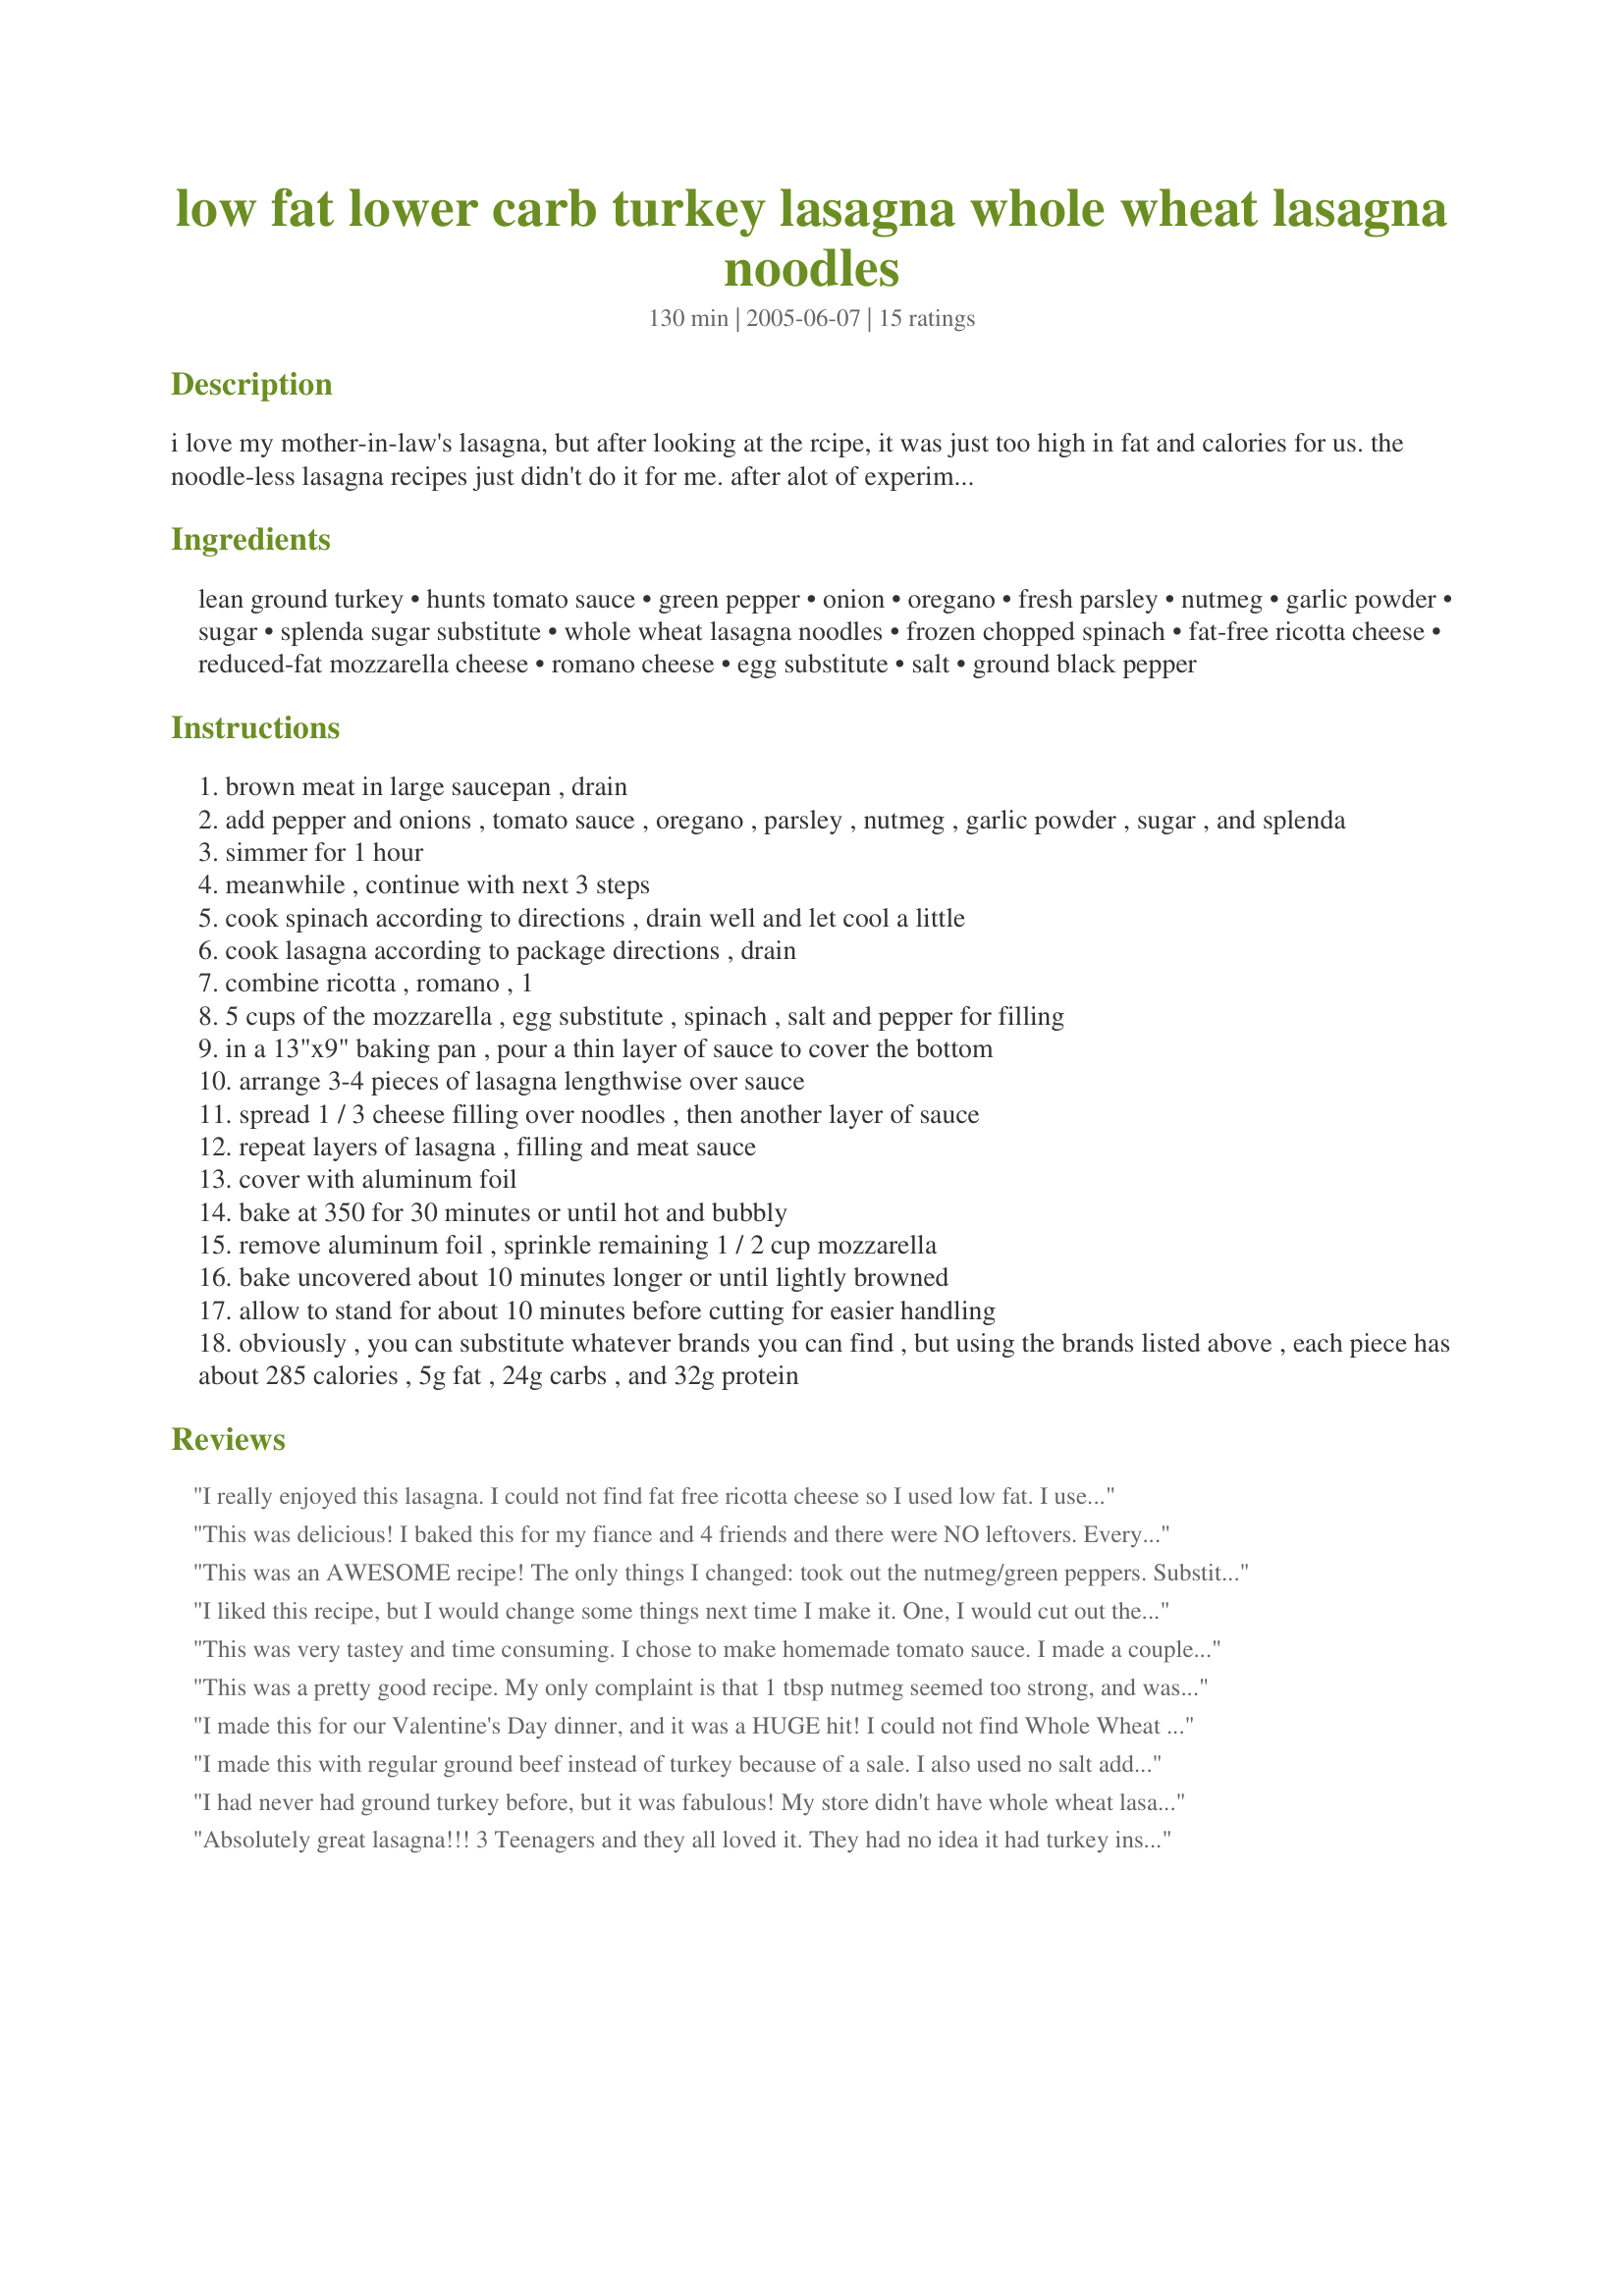
low fat lower carb turkey lasagna whole wheat lasagna noodles
Preparation time: 130 minutes

i love my mother-in-law's lasagna, but after looking at the rcipe, it was just too high in fat and calories for us. the noodle-less lasagna recipes just didn't do it for me. after alot of experimenting, i'm finally happy with it. it's probably not suitable for atkins because of the noodles, but for anyone on south beach or zone or body for life, this is great. generally, i hate the texture of whole wheat pasta, but because it gets cooked twice, it's fine. i served it to people who aren't low carbing, and they loved it!
obviously, you can substitute ground beef for the turkey.

Ingredients:
lean ground turkey, hunts tomato sauce, green pepper, onion, oregano, fresh parsley, nutmeg, garlic powder, sugar, splenda sugar substitute, whole wheat lasagna noodles, frozen chopped spinach, fat-free ricotta cheese, reduced-fat mozzarella cheese, romano cheese, egg substitute, salt, ground black pepper

Steps:
brown meat in large saucepan , drain
add pepper and onions , tomato sauce , oregano , parsley , nutmeg , garlic powder , sugar , and splenda
simmer for 1 hour
meanwhile , continue with next 3 steps
cook spinach according to directions , drain well and let cool a little
cook lasagna according to package directions , drain
combine ricotta , romano , 1
5 cups of the mozzarella , egg substitute , spinach , salt and pepper for filling
in a 13"x9" baking pan , pour a thin layer of sauce to cover the bottom
arrange 3-4 pieces of lasagna lengthwise over sauce
spread 1 / 3 cheese filling over noodles , then another layer of sauce
repeat layers of lasagna , filling and meat sauce
cover with aluminum foil
bake at 350 for 30 minutes or until hot and bubbly
remove aluminum foil , sprinkle remaining 1 / 2 cup mozzarella
bake uncovered about 10 minutes longer or until lightly browned
allow to stand for about 10 minutes before cutting for easier handling
obviously , you can substitute whatever brands you can find , but using the brands listed above , each piece has about 285 calories , 5g fat , 24g carbs , and 32g protein

Reviews:
I really enjoyed this lasagna. I could not find fat free ricotta cheese so I used low fat. I used 2 egg whites in place of the 1 cup of egg substitute. I did not add the Splenda and the recipe turned out just great. I put my thawed spinach in a paper towel and squeezed it until it was completely dry because I did not want the spinach to make the lasagna soupy. Anyone who is watching their calories should make this! Thanks for sharing!
This was delicious! I baked this for my fiance and 4 friends and there were NO leftovers. Everyone loved it! We couldn't tell that the cheese was fat free, the spinach does a great job masking the taste. I followed the advice from the other posting and substituted zucchinni for green peppers and added extra tomato suace. I used 2 eggs instead of egg substitute, added cinnamon to the sauce and used 2 tbsp sugar instead of splenda, my fiance hates splenda. I also made it the night before and let it sit in the fridge, my mom always did that. Because it was cold, it took longer to cook, about 1 hour, but definitely worth the wait. So good!
This was an AWESOME recipe! The only things I changed: took out the nutmeg/green peppers. Substituted fresh garlic versus the powder. I simmered my sauce in a crockpot for 2-3 hours before adding in the meat. Everyone who ate it, loved it! :)
I liked this recipe, but I would change some things next time I make it. One, I would cut out the Splenda and just use real sugar to remove the acidity. The Splenda taste overpowered the dish and I had to salt like crazy to mask it. Secondly, the meat sauce doesn't need to simmer for a whole hour. 30 minutes should be enough. This was a hit with 3/4s of my family - my Dad doesn't like spinach and wouldn't eat it. His loss though, we all thought it was pretty good.
This was very tastey and time consuming. I chose to make homemade tomato sauce. I made a couple mods, used no splenda just sugar (almost 2 T.), used Barilla No Boiling Required lasagne noodles. I don't like using frozen spinach so I bought a 5 oz container of fresh baby spinach and tore it into small pieces, and lastly, I used 4 eggs instead of egg substitute. Thank you for sharing.
This was a pretty good recipe. My only complaint is that 1 tbsp nutmeg seemed too strong, and was the dominant flavor in the entire dish. I would cut back on the nutmeg.
That being said, I will use this recipe again as a base and make small adjustments on the ingredients based on my preferences.
I made this for our Valentine's Day dinner, and it was a HUGE hit! I could not find Whole Wheat Lasagna noodles, so I had to use Dreamfield's low carb noodles. I hope to have time to shop around and find whole wheat before I make it again...and I WILL be making it again! I left out the spinach also (my munchkins won't eat it either!) and I halved the amount of ricotta...I spread it very thin over the 3 layers. I added mushrooms to the sauce, because we all love them! The seasonings were right on target. Thanks so much for a real winner!
I made this with regular ground beef instead of turkey because of a sale. I also used no salt added tomato sauce to keep down the sodium. Hubby gave it a thumbs up and said he didn't expect the lasagna to taste that good. He liked it so much that he even ate leftovers for breakfast and he usually skips breakfast.
I had never had ground turkey before, but it was fabulous! My store didn't have whole wheat lasagna noodles but it still turned out great! The spinach was a great addition! My roommate and my parents loved it!
Absolutely great lasagna!!!
3 Teenagers and they all loved it.
They had no idea it had turkey instead of ground beef. I do have to say it took me longer than 25 min. but it was well worth it and I will make it again!!! Thanks.
I made this lasagna and it got rave reviews from everyone! Tastes outstanding and is Grade A Italian food you can enjoy without feeling guilty (who knew?)! My only gripe is that it is pretty time-consuming to make so I made up two trays and froze one for later. Also, I used Sweet 'n Low instead of the Splenda this recipe calls for and it made the sauce a little bit too sweet so I'd suggest bumping down the 2 Tablespoons to 1. All in all a FANTASTIC recipe, thank you!
This was excellent. From looking at all the 'healthy' ingredients, I was skeptical. This is our new lasagna. I did omit the spinach (the kids won't eat it) and added some more parsley to the filling instead for looks. Also, I added zucchini to the sauce. One little note, I didn't seem to have enough sauce to complete the layers, I think next time I'll add another little can of the tomato sauce. Yum! Thanks for posting this.
This recipe was just what Iwas looking for. 
I didnt add any sugar or Splenda as I was trying to keep the carbs down, I used a Marzetti Napa Valley Pasta sauce which was fantastic, Dreamfields lasagna noodles, and cottage cheese instead of Ricotta.
I also doubled the meat and cheese, and used 3 eggs.
Fabulous!
Excellent recipe! All the ingredients were in my kitchen... well, the ones I used from the recipe were. I never follow a recipe to the letter. I love finding meals that traditionally cause heart-attacks get a make-over, are delicious and easy to make! Thanks!
My family enjoyed this, but as we are carnivores, we used 2 lbs ground turkey to make a serving for 6. How you can use only 1 pound for 12 people is beyond me, really. I did not use Splenda and I just threw some fresh uncooked spinach over the cheese layer and it worked fine.
A really nice lasagna for a change of pace.
